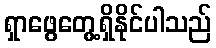
ရှာဖွေတွေ့ရှိနိုင်ပါသည်